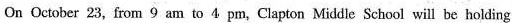
On October 23, from 9 am to 4 pm, Clapton Middle School will be holding